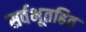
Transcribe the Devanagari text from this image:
सर्वभूतहित